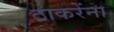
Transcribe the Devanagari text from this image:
ठाकरेंना